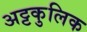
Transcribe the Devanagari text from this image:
अट्टकुलिक